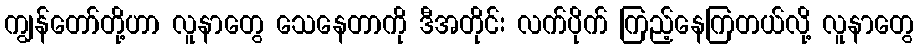
ကျွန်တော်တို့ဟာ လူနာတွေ သေနေတာကို ဒီအတိုင်း လက်ပိုက် ကြည့်နေကြတယ်လို့ လူနာတွေ